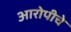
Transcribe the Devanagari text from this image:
आरोपीचे